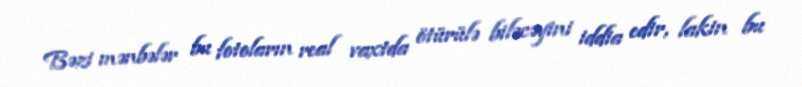
Bəzi mənbələr bu fotoların real vaxtda ötürülə biləcəyini iddia edir, lakin bu